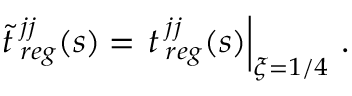
{ \tilde { t } } { \, } _ { r e g } ^ { j j } ( s ) = \left. t { \, } _ { r e g } ^ { j j } ( s ) \right| _ { \xi = 1 / 4 } \, .